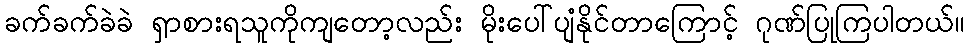
ခက်ခက်ခဲခဲ ရှာစားရသူကိုကျတော့လည်း မိုးပေါ်ပျံနိုင်တာကြောင့် ဂုဏ်ပြုကြပါတယ်။